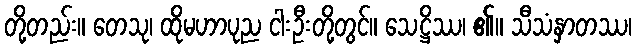
တို့တည်း။ တေသု၊ ထိုမဟာပုည ငါးဦးတို့တွင်။ သေဋ္ဌိဿ၊ ၏။ သီသံနှာတဿ၊